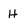
Character: H